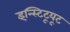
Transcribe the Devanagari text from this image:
इन्स्टिटूयूट